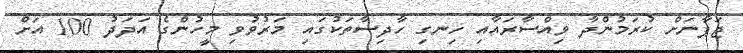
ޖަޕާނަށް ކުރަމުންދާ ވިއްސާރައާއި ހިނގި ހާދިސާތަކުގައި މަރުވުވި މީހުންގެ އަދަދު 100 އަށް